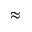
\approx